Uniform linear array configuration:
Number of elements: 48
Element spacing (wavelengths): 0.5
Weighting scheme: blackman
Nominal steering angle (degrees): -30
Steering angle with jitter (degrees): -29.473
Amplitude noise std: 0.05
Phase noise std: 0.05

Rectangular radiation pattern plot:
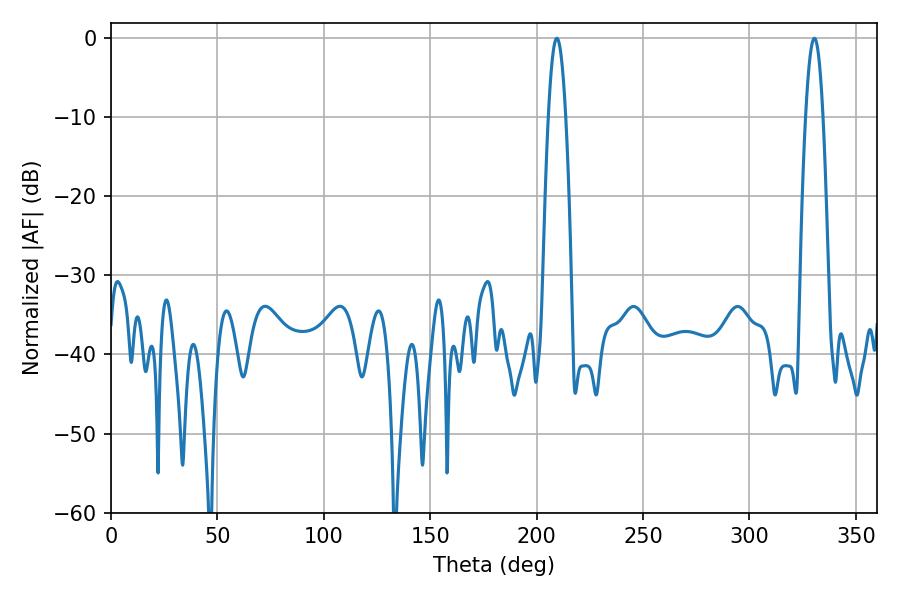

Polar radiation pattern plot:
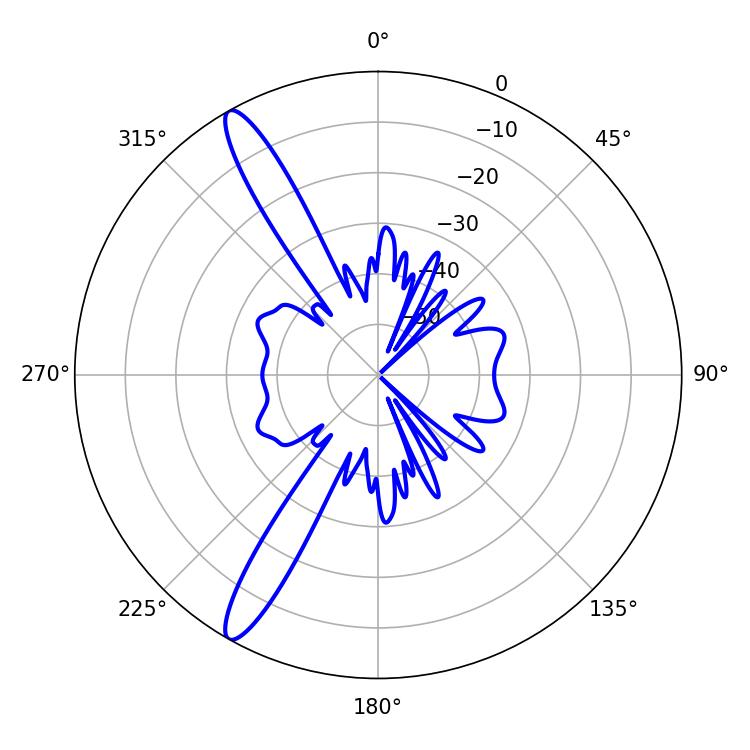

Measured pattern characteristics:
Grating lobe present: FALSE
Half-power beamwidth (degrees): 4.32
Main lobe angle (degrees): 209.52